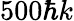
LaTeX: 500\hbar k